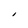
Character: I